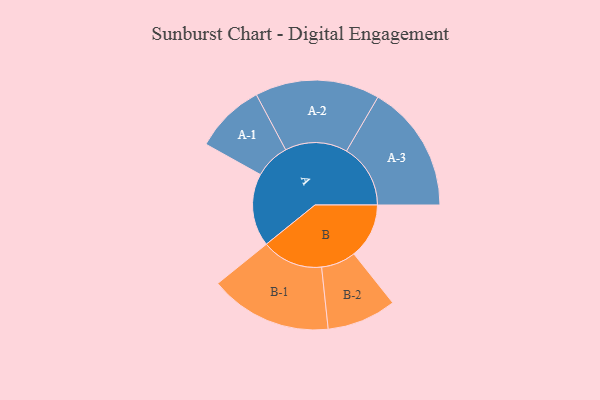
{"axis": {"x": "Segment", "y": "Value"}, "legend": ["", "A", "B"], "data": [{"x": "A", "y": 321, "type": ""}, {"x": "B", "y": 243, "type": ""}, {"x": "A-1", "y": 155, "type": "A"}, {"x": "A-2", "y": 275, "type": "A"}, {"x": "A-3", "y": 282, "type": "A"}, {"x": "B-1", "y": 270, "type": "B"}, {"x": "B-2", "y": 153, "type": "B"}]}